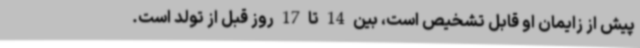
پیش از زایمان او قابل تشخیص است، بین 14 تا 17 روز قبل از تولد است.